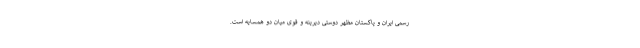
رسمی ایران و پاکستان مظهر دوستی دیرینه و قوی میان دو همسایه است.